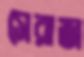
সেরাজ